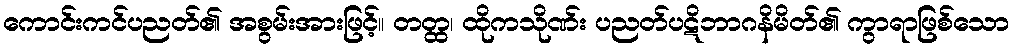
ကောင်းကင်ပညတ်၏ အစွမ်းအားဖြင့်။ တတ္ထ၊ ထိုကသိုဏ်း ပညတ်ပဋိဘာဂနိမိတ်၏ ကွာရာဖြစ်သော